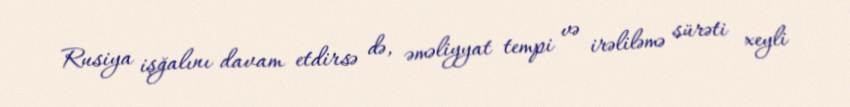
Rusiya işğalını davam etdirsə də, əməliyyat tempi və irəliləmə sürəti xeyli